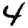
Digit: 4